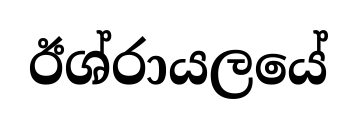
ඊශ්රායලයේ